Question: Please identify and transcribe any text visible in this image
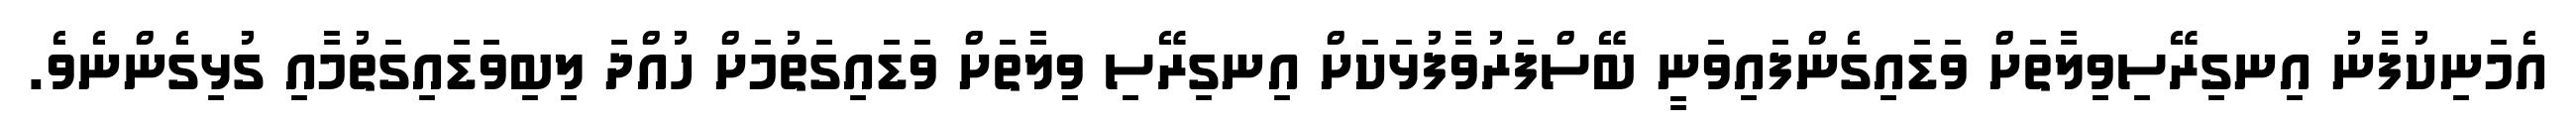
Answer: އެމަނިކުފާނު އިނގިރޭސިވިލާތަށް ވަޑައިގެންފައިވަނީ ބޭސްފަރުވާފުޅަކަށް އިނގިރޭސި ވިލާތަށް ވަޑައިގަތުމަށް ހުއްދަ ލިބިވަޑައިގަތުމާއި ގުޅިގެންނެވެ.